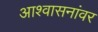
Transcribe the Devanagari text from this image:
आश्वासनांवर